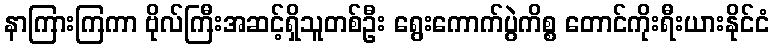
နာကြားကြကာ ဗိုလ်ကြီးအဆင့်ရှိသူတစ်ဦး ရွေးကောက်ပွဲကိစ္စ တောင်ကိုးရီးယားနိုင်ငံ